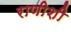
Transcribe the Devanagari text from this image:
राणीशी